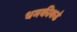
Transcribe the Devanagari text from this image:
धमकीकडे